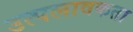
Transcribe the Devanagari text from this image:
उत्पलावकता